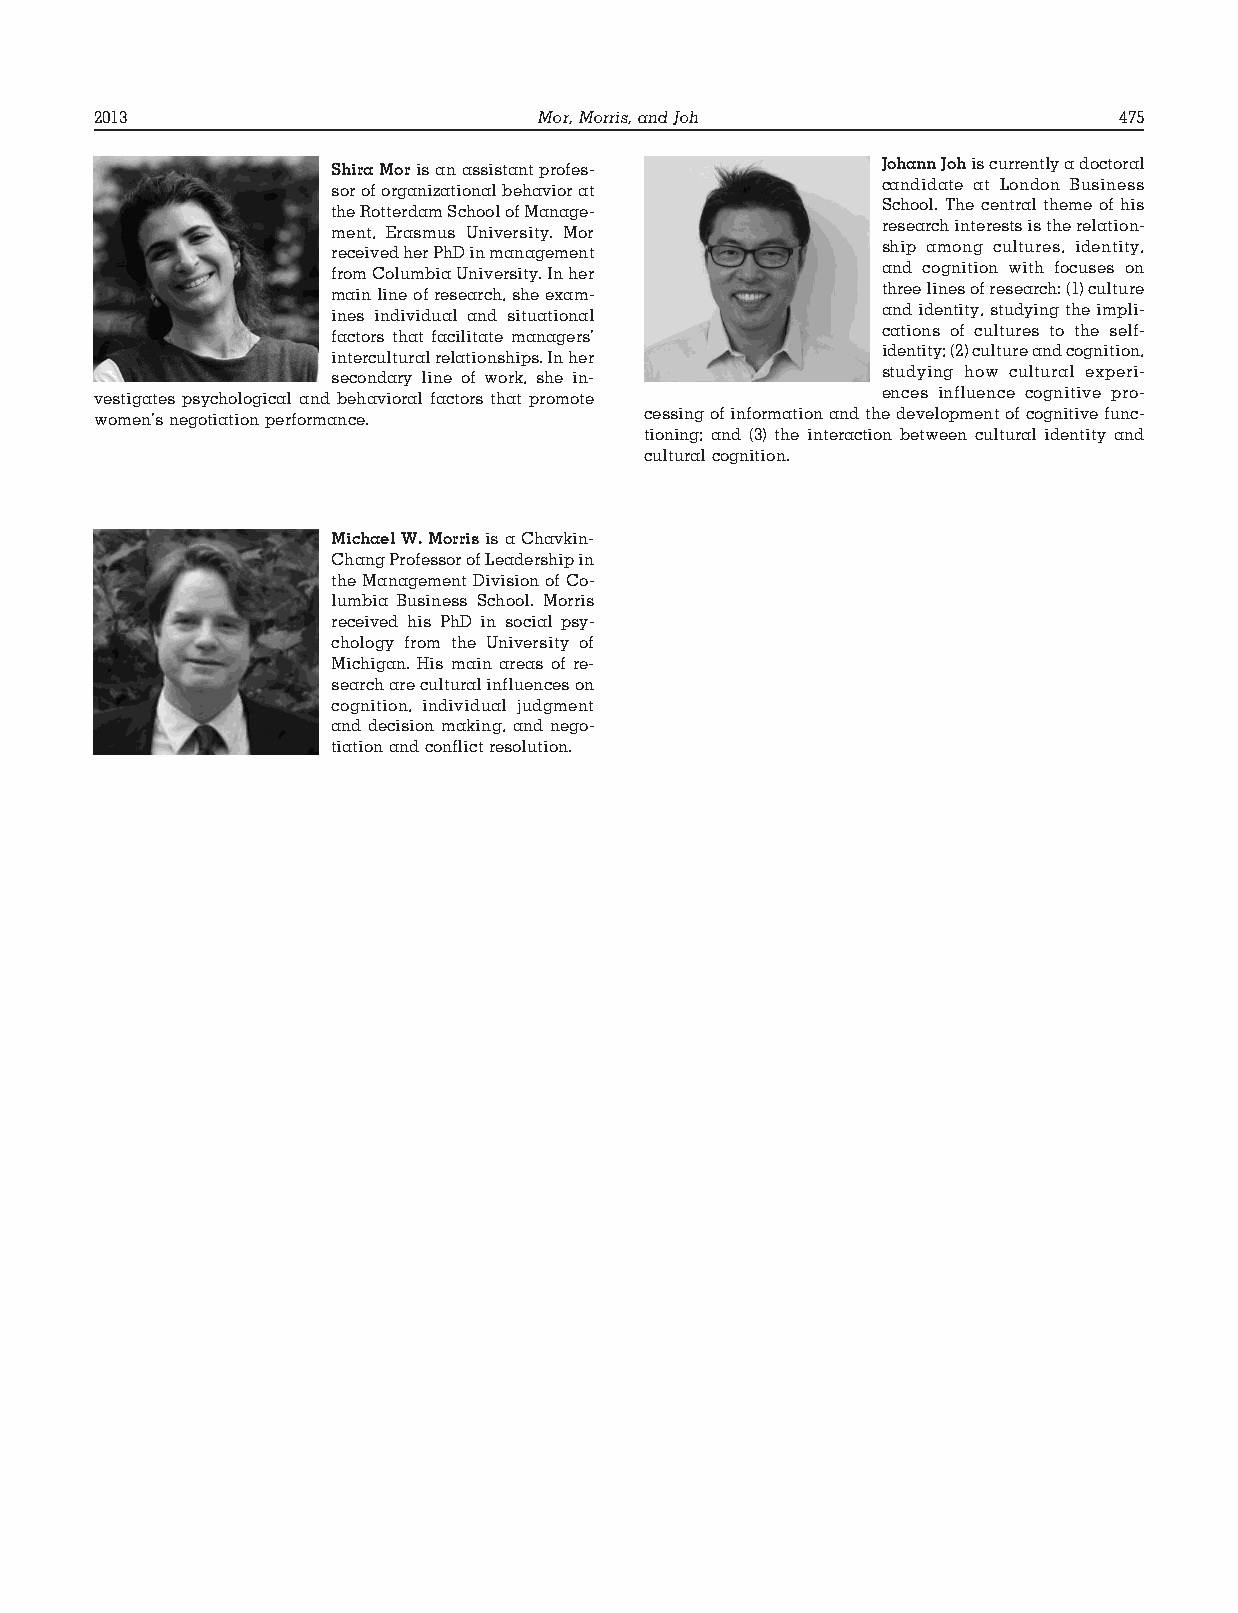
2013                         Mor,Morris,andJoh                      475
 ShiraMorisanassistantprofes-        JohannJohiscurrentlyadoctoral
 soroforganizationalbehaviorat       candidate at London Business
 theRotterdamSchoolofManage-         School. The central theme of his
 ment, Erasmus University. Mor       researchinterestsistherelation-
 receivedherPhDinmanagement          ship among cultures, identity,
 fromColumbiaUniversity.Inher        and cognition with focuses on
 mainlineofresearch,sheexam-         threelinesofresearch:(1)culture
 ines individual and situational     and identity, studying the impli-
 factors that facilitate managers’   cations of cultures to the self-
 interculturalrelationships.Inher    identity;(2)cultureandcognition,
 secondary line of work, she in-     studying how cultural experi-
 vestigates psychological and behavioral factors that promote ences influence cognitive pro-
 women’snegotiationperformance.      cessingofinformationandthedevelopmentofcognitivefunc-
 tioning; and (3) the interaction between cultural identity and
 culturalcognition.
 MichaelW.MorrisisaChavkin-
 ChangProfessorofLeadershipin
 theManagementDivisionofCo-
 lumbia Business School. Morris
 received his PhD in social psy-
 chology from the University of
 Michigan. His main areas of re-
 searchareculturalinfluenceson
 cognition, individual judgment
 and decision making, and nego-
 tiationandconflictresolution.